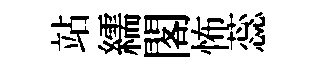
站繻閣怖蕊